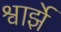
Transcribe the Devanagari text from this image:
श्वार्झे